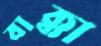
বাক্কা